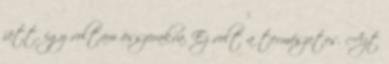
jött, így voltam összerakva. Ez volt a természetes. Azt